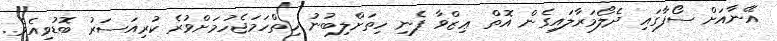
އޭނާއަށް ސޯފާގައި ދެލޯމަރާލައިގެން އޮތް ޢިޒްވާ ފެނި ހިތަށްލިބުނު ހިތްހަމަޖެހުމަށްވުރެ ކުރިއަސަރު ބޮޑުވިއެވެ.